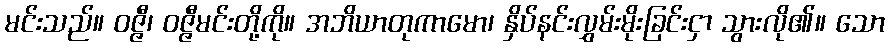
မင်းသည်။ ဝဇ္ဇီ၊ ဝဇ္ဇီမင်းတို့ကို။ အဘိယာတုကာမော၊ နှိပ်နင်းလွှမ်းမိုးခြင်းငှာ သွားလို၏။ သော